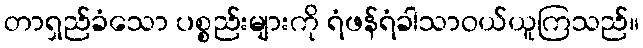
တာရှည်ခံသော ပစ္စည်းများကို ရံဖန်ရံခါသာဝယ်ယူကြသည်။